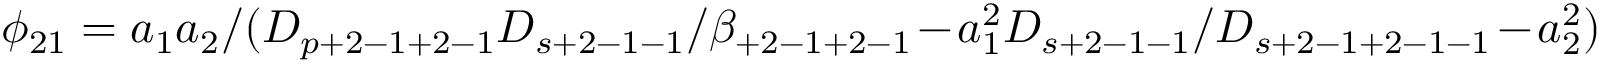
\phi _ { 2 1 } = a _ { 1 } a _ { 2 } / ( D _ { p + 2 - 1 + 2 - 1 } D _ { s + 2 - 1 - 1 } / \beta _ { + 2 - 1 + 2 - 1 } - a _ { 1 } ^ { 2 } D _ { s + 2 - 1 - 1 } / D _ { s + 2 - 1 + 2 - 1 - 1 } - a _ { 2 } ^ { 2 } )